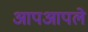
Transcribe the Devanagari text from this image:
आपआपले